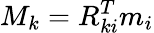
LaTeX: M_{k}=R_{ki}^{T}m_{i}